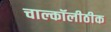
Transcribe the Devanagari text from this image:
चाल्कॉलीठीक